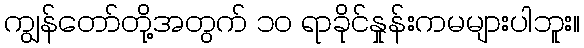
ကျွန်တော်တို့အတွက် ၁၀ ရာခိုင်နှုန်းကမများပါဘူး။